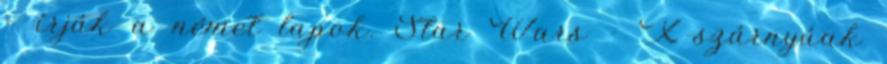
- írják a német lapok. Star Wars - X-szárnyúak